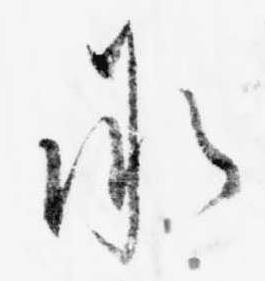
承